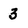
Character: 3